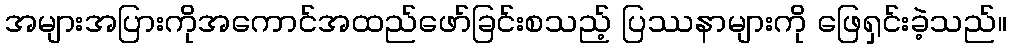
အများအပြားကိုအကောင်အထည်ဖော်ခြင်းစသည့် ပြဿနာများကို ဖြေရှင်းခဲ့သည်။